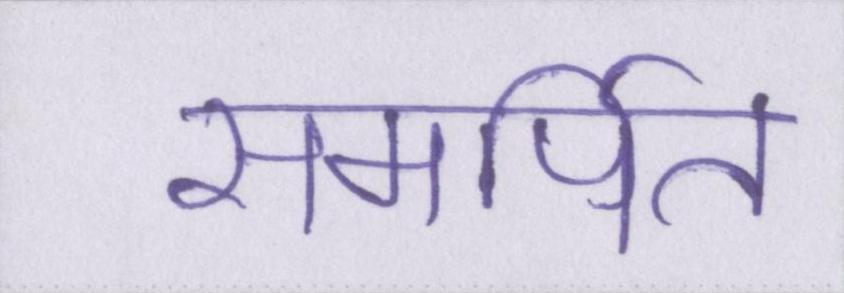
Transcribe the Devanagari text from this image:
समर्पित